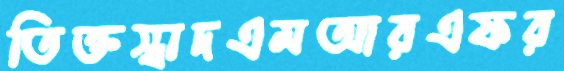
তিক্তস্বাদএমআরএফর